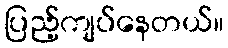
ပြည့်ကျပ်နေတယ်။